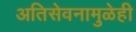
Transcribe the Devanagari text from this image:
अतिसेवनामुळेही